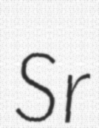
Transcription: Sr